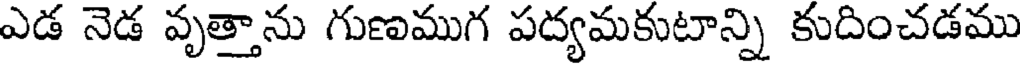
ఎడ నెడ వృత్తాను గుణముగ పద్యమకుటాన్ని కుదించడము